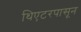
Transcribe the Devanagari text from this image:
थिएटरपासून